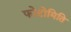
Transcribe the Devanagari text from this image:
फोटोमिति